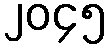
၂၀၄၅